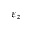
\varepsilon _ { z }